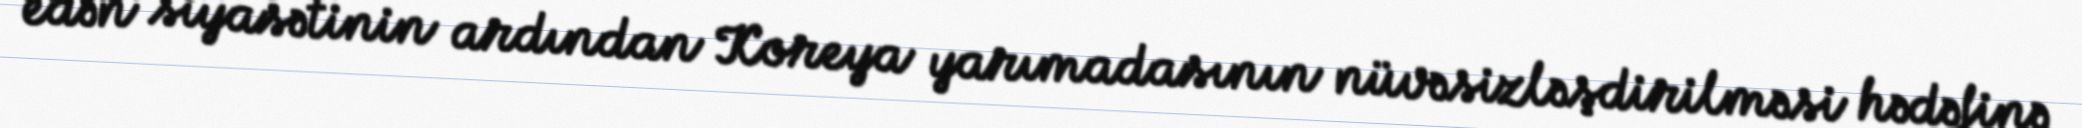
edən siyasətinin ardından Koreya yarımadasının nüvəsizləşdirilməsi hədəfinə